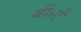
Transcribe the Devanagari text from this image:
बी॰एँ